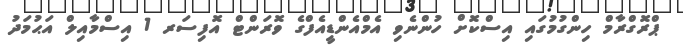
ޕްރޮގްރާމް ހިންގުމުގައި އިސްކޮށް ހުންނެވި އެމްއެންޑީއެފްގެ ވޮރަންޓް އޮފިސަރ 1 އިސްމާއިލް އަޙުމަދު